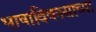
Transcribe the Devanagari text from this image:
भाषाविकासाच्या